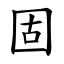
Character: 固